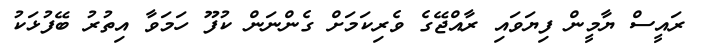
ރައީސް ޔާމީން ފިޔަވައި ރާއްޖޭގެ ވެރިކަމަށް ގެންނަން ކުފޫ ހަމަވާ އިތުރު ބޭފުޅަކު